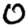
Digit: 0